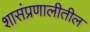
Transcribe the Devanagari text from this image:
शासंप्रणालीतील